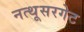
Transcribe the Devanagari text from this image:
नत्थूसरगेट